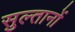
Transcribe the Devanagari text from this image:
सुल्‍तानों